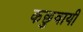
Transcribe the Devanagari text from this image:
कछुवायी